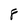
Character: 8